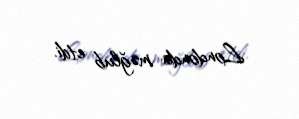
Londonda məğlub etdi.